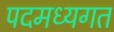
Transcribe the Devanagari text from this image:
पदमध्यगत